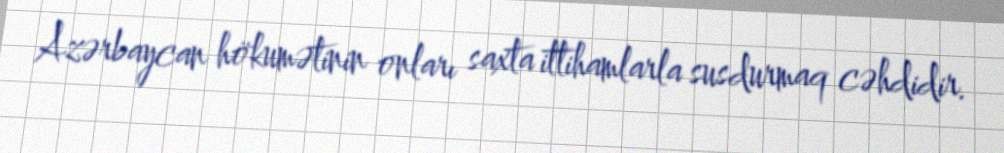
Azərbaycan hökumətinin onları saxta ittihamlarla susdurmaq cəhdidir.